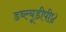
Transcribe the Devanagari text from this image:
डब्ल्यूडीपी४